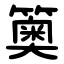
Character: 䉛